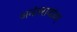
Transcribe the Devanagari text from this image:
अनंतरावांवर